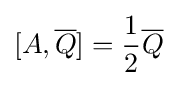
[A,{\overline {Q}}]={\frac {1}{2}}{\overline {Q}}